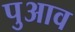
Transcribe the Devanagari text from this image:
पुआव